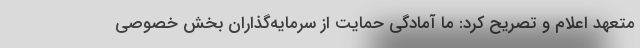
متعهد اعلام و تصریح کرد: ما آمادگی حمایت از سرمایه‌گذاران بخش خصوصی